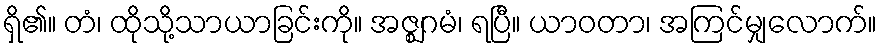
ရှိ၏။ တံ၊ ထိုသို့သာယာခြင်းကို။ အဇ္ဈဂမံ၊ ရပြီ။ ယာဝတာ၊ အကြင်မျှလောက်။